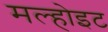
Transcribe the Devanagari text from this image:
मल्होइट